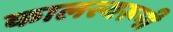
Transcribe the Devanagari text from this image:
कालस्वरूपी